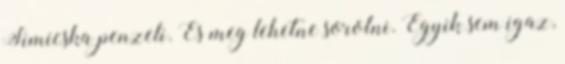
Simicska penzeli. Es meg lehetne sorolni. Egyik sem igaz,